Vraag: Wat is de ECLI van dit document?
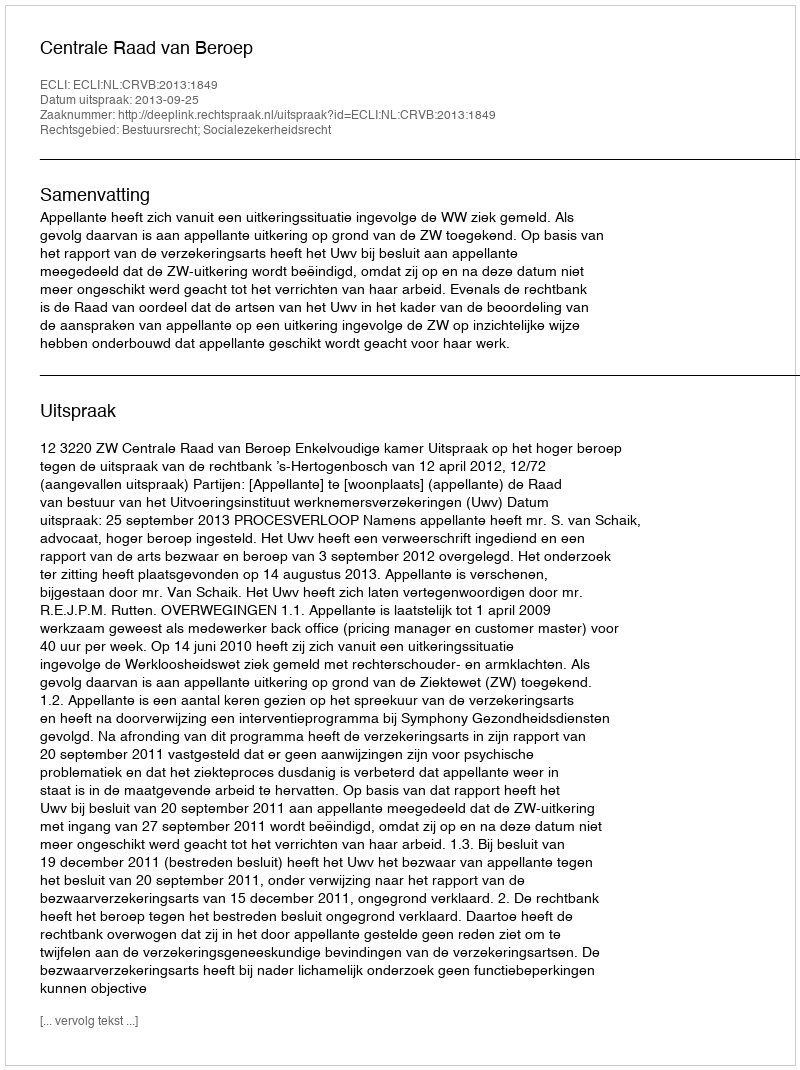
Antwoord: ECLI:NL:CRVB:2013:1849